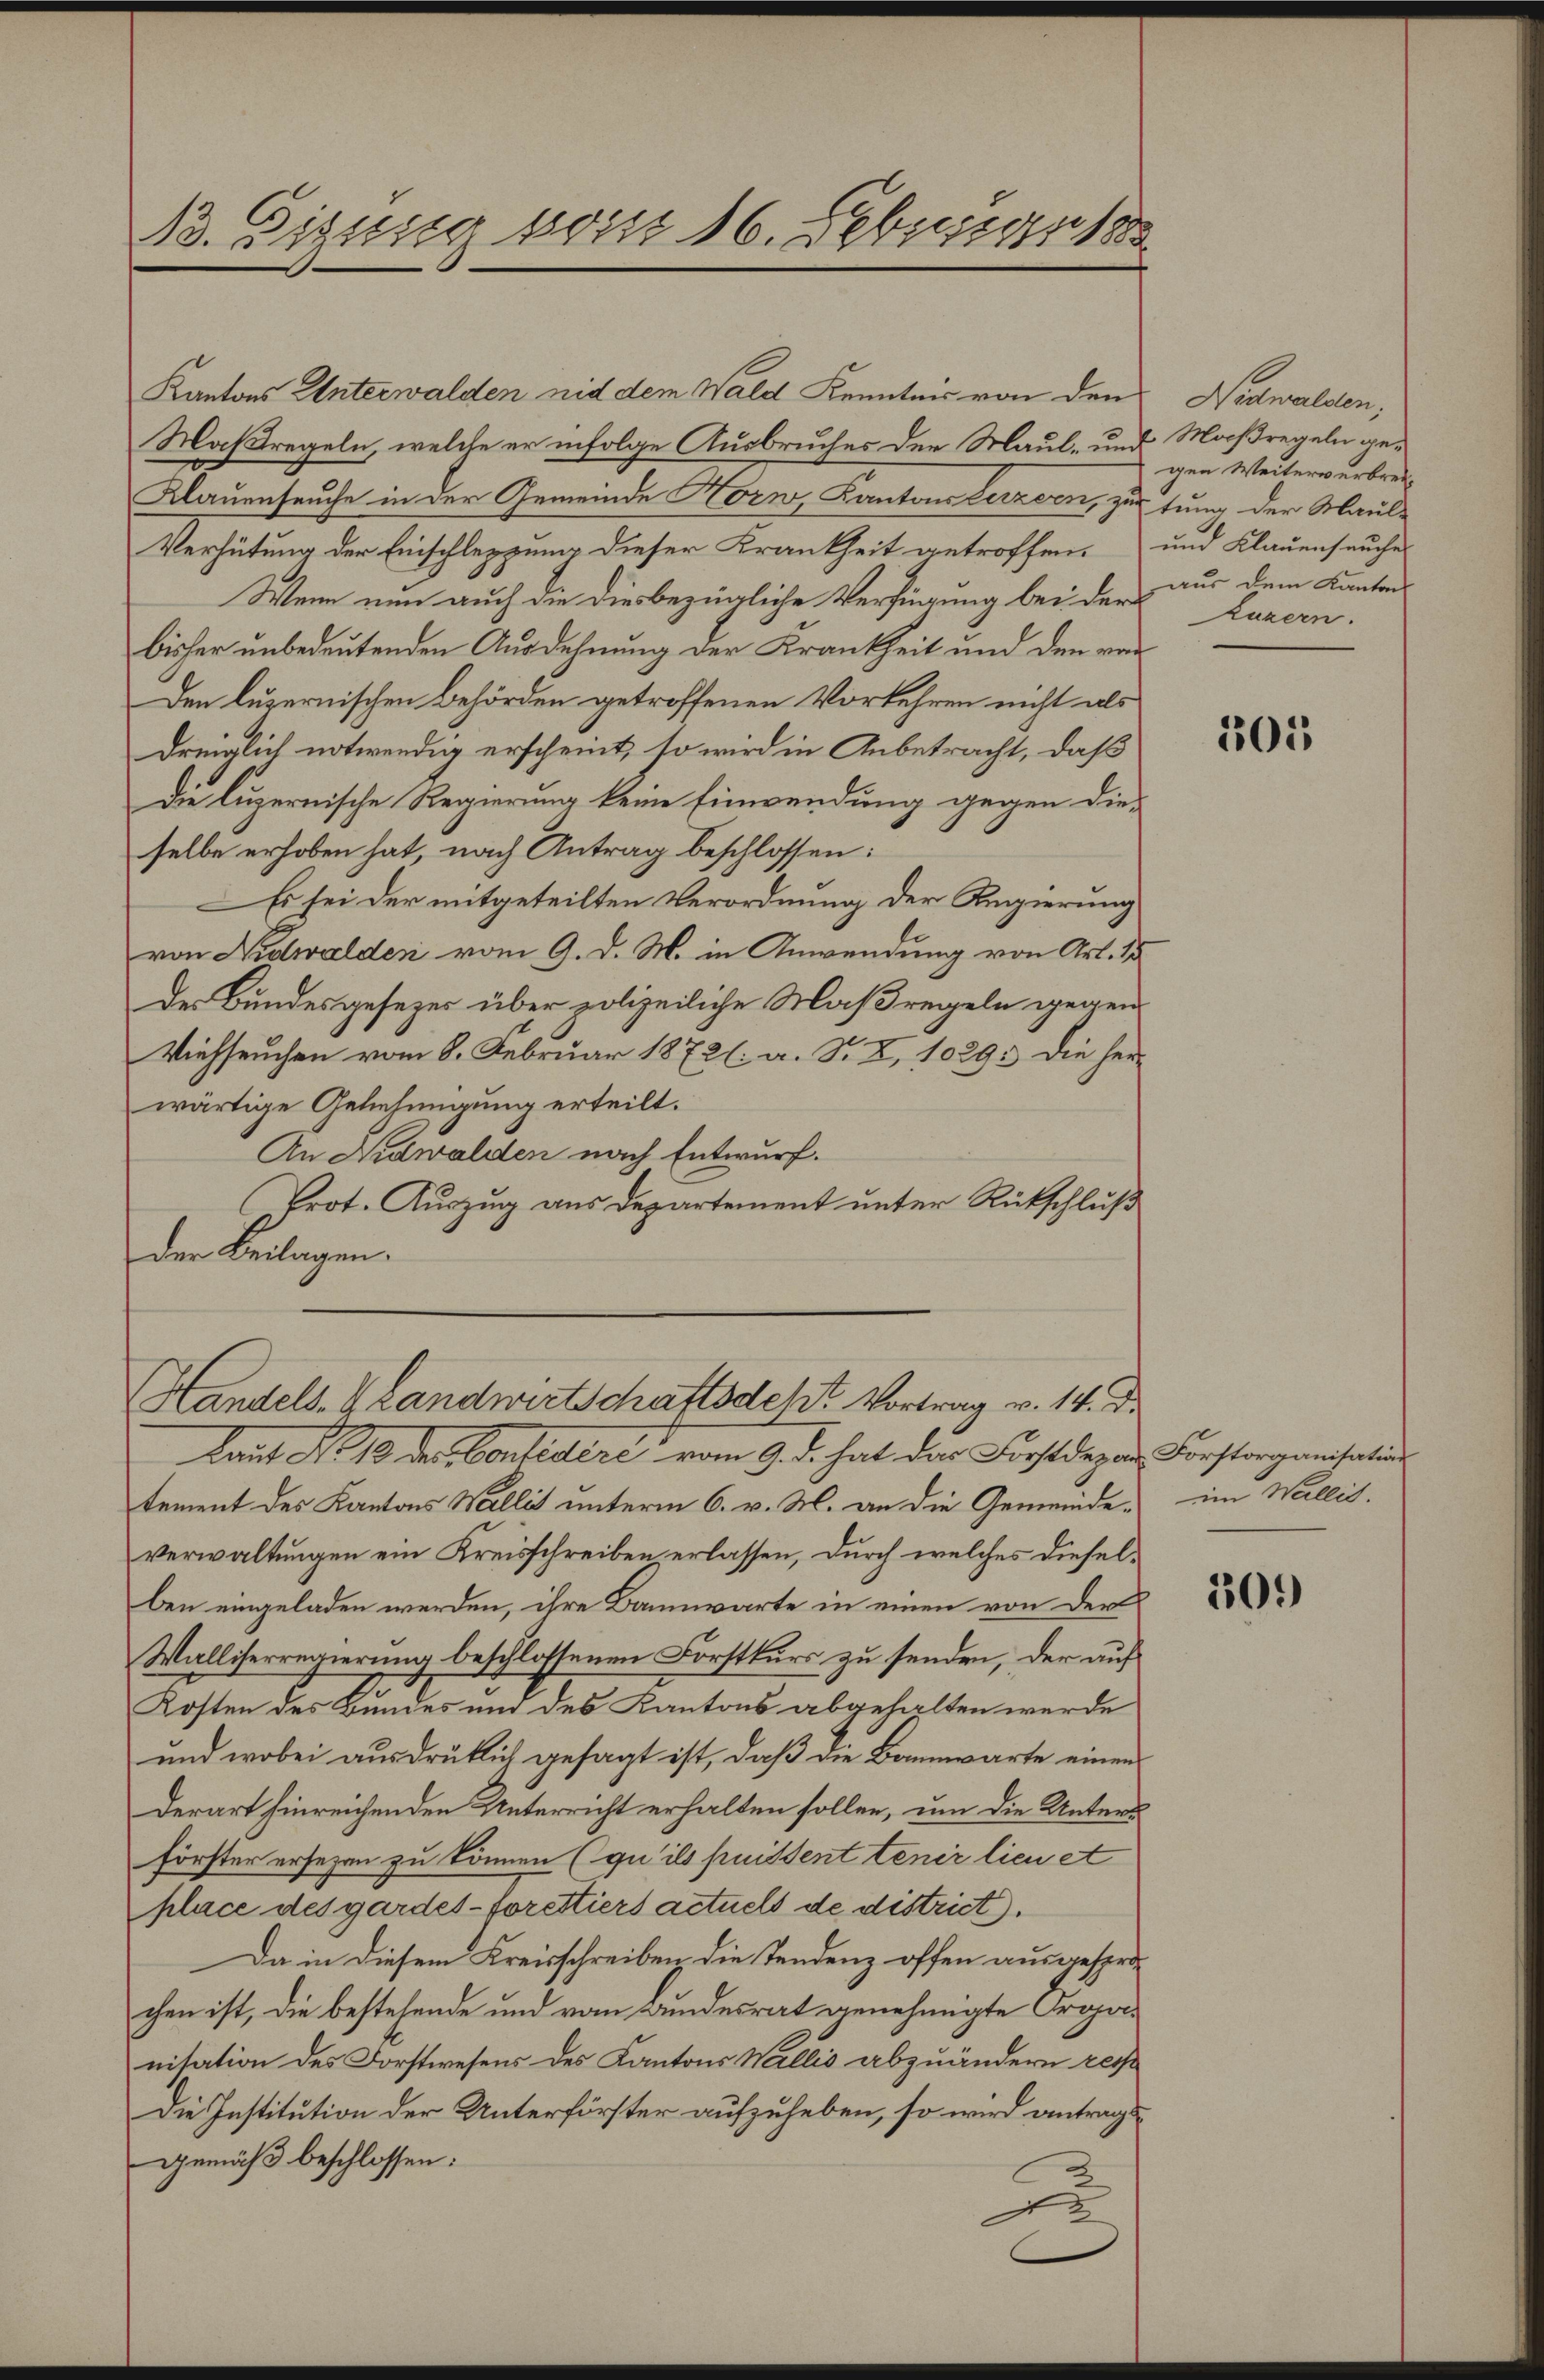
13. Eigung von 16. Februar 18

Kantons Unterwalden nid dem Wald Kenntnis von den Nidwalden,
Maßregeln, welche er infolge Ausbruches der Maul- und Maßregeln ge¬
Klauenseuche in der Gemeinde Horw, Kantons Lerzern, zur tung der Maul-
Verhütung der Einschleppung dieser Krankheit getroffen, und Klauenseuches
Wenn nun auch die diesbezügliche Verfügung bei der aus dem Kanton
bisher unbedeutenden Ausdehnung der Krankheit und den von
Den luzernischen Behörden getroffenen Vorkehren nicht als
dringlich notwendig erscheint, so wird in Anbetracht, daß
Die luzernische Regierung keine Einwendung gegen die-
selbe erhoben hat, nach Antrag beschlossen:
Es sei der mitgeteilten Verordnung der Regierung
von Nidwalden vom 9. d. M. in Anwendung von Art. 15
des Bundesgesezes über polizeiliche Maßregeln gegen
Viehseuchen vom 8. Februar 1872 (: a. S. X. 1029. Die herwärtige Genehmigung erteilt.
An Nidwalden nach Entwurf.
Prot. Auszug aus Departement unter Rückschluß
der Beilagen.

Handels-V Landwirtschaftsdekt. Vortrag v. 14. Dr.

Laut § 13 des Considire vom 9. d. hat der Forstdezen Forstangensation
tement des Kantons Wallit unterm 6. v. M. an die Gemeindeverwaltungen ein Kreisschreiben erlassen, durch welches dieselben eingeladen werden, ihre Bannwarte in einen von der
Walliserregierung beschlossenen Forstkurs zu senden, der auf
Kosten des Bundes und des Kantons abgehalten werde
und wobei ausdrüklich gesagt ist, daß die Bannwarte einen
derart hinreichenden Unterricht erhalten sollen, um die Unters
Förster ersezen zu können (qu’ ils puissent tenir lieu et
place des gardes-forettiers actuels de district).
Da in diesem Kreisschreiben die Tendenz offen ausgesprochen ist, die bestehende und vom Bundesrat genehmigte Organisation des Forstwesens des Kantons Wallis abzuändern rech
Die Institution der Unterförster aufzuheben, so wird antrags¬
Gemäß beschlossen:

gen Weiterverbrec
kuzern.

305

im Wallis.

309